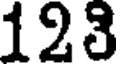
123